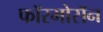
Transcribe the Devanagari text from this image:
फॉरमोसॅन